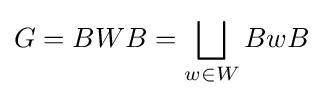
G=BWB=\bigsqcup _{w\in W}BwB